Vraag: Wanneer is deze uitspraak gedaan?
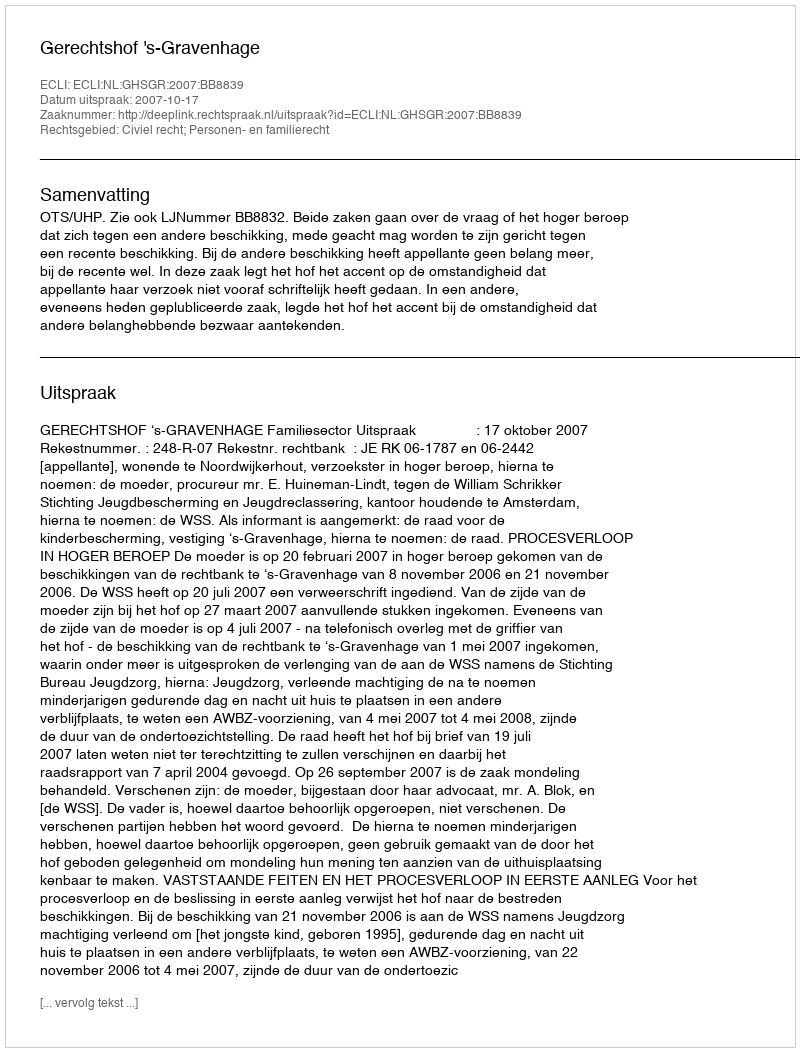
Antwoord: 2007-10-17